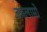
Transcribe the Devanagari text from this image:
कालामो